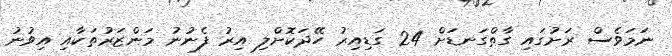
ނަމަވެސް ރަށުގައި ގާތްގަނޑަށް 24 ގަޑިއިރު ހޭދަކޮށްލި އިރު ފެނުނު މަންޒަރުތަކާއި އިވުނު